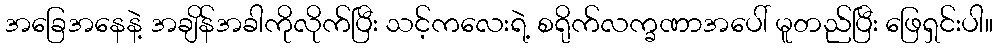
အခြေအနေနဲ့ အချိန်အခါကိုလိုက်ပြီး သင့်ကလေးရဲ့ စရိုက်လက္ခဏာအပေါ် မူတည်ပြီး ဖြေရှင်းပါ။